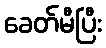
ခေတ်မီပြီး